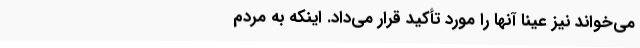
می‌خواند نیز عیناً آنها را مورد تأکید قرار می‌داد. اینکه به مردم